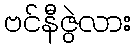
ဗင်နီဇွဲလား